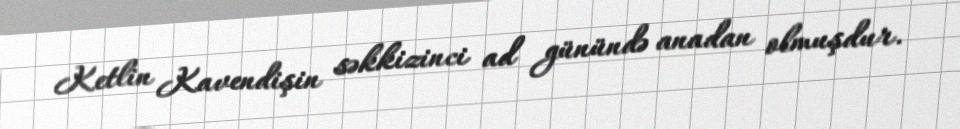
Ketlin Kavendişin səkkizinci ad günündə anadan olmuşdur.